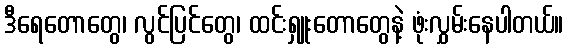
ဒီရေတောတွေ၊ လွင်ပြင်တွေ၊ ထင်းရှူးတောတွေနဲ့ ဖုံးလွှမ်းနေပါတယ်။